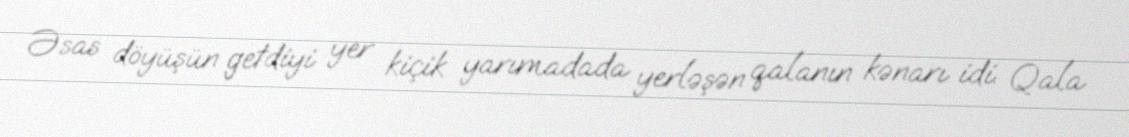
Əsas döyüşün getdiyi yer kiçik yarımadada yerləşən qalanın kənarı idi. Qala